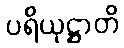
ပရိယုဋ္ဌာတိ